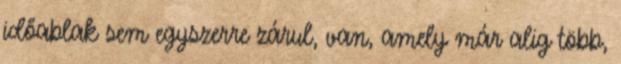
időablak sem egyszerre zárul, van, amely már alig több,